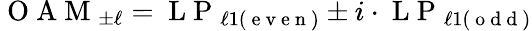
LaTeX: \mathrm{~O~A~M~}_{\pm\ell}=\mathrm{~L~P~}_{\ell 1(\mathrm{~e~v~e~n~})}\pm i\cdot\mathrm{~L~P~}_{\ell 1(\mathrm{~o~d~d~})}